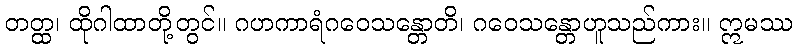
တတ္ထ၊ ထိုဂါထာတို့တွင်။ ဂဟကာရံဂဝေသန္တောတိ၊ ဂဝေသန္တောဟူသည်ကား။ ဣမဿ